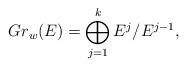
\begin{align*}Gr_w(E) = \bigoplus_{j =1}^{k} E^j / E^{j-1},\end{align*}